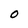
Character: 0